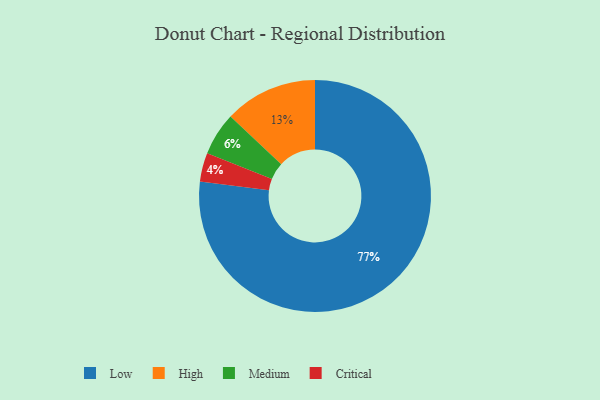
{"axis": {"x": "Category", "y": "Percentage"}, "legend": ["Critical", "High", "Low", "Medium"], "data": [{"x": "Low", "y": 77, "type": "Low"}, {"x": "Medium", "y": 6, "type": "Medium"}, {"x": "Critical", "y": 4, "type": "Critical"}, {"x": "High", "y": 13, "type": "High"}]}